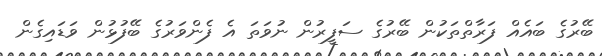
ބޭރުގެ ބައެއް ފަރާތްތަކުން ބޭރުގެ ސަފީރުން ނުވަތަ އެ ފެންވަރުގެ ބޭފުޅުން ވަޑައިގެން